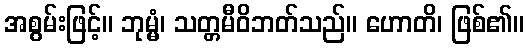
အစွမ်းဖြင့်။ ဘုမ္မံ၊ သတ္တမီဝိဘတ်သည်။ ဟောတိ၊ ဖြစ်၏။